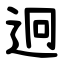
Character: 迥